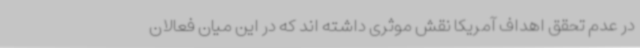
در عدم تحقق اهداف آمریکا نقش موثری داشته اند که در این میان فعالان